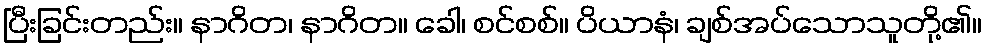
ပြီးခြင်းတည်း။ နာဂိတ၊ နာဂိတ။ ခေါ၊ စင်စစ်။ ပိယာနံ၊ ချစ်အပ်သောသူတို့၏။